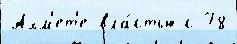
Ахм'ет'е вла́стью с 78